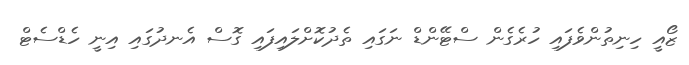
ޒޯއީ ހިނިތުންވެފައި ހުރެގެން ސްޓޭންޑް ނަގައި ތެދުކޮށްލައިފައި ގޮސް އެނދުގައި އިނީ ހެޑްސެޓް